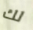
لك